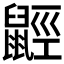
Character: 𪕣